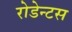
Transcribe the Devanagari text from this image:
रोडेन्टस